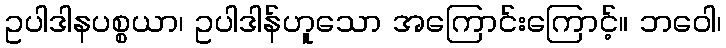
ဥပါဒါနပစ္စယာ၊ ဥပါဒါန်ဟူသော အကြောင်းကြောင့်။ ဘဝေါ၊